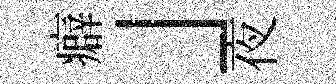
癖」夜